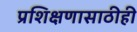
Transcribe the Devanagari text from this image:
प्रशिक्षणासाठीही